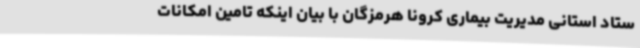
ستاد استانی مدیریت بیماری کرونا هرمزگان با بیان اینکه تامین امکانات